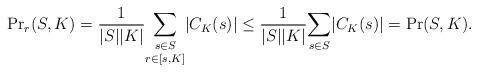
LaTeX: \begin{align*}{\Pr}_r(S, K) = \frac {1}{|S||K|}\underset{r \in [s, K]}{\underset{s\in S}{\sum}}|C_K(s)| \leq \frac {1}{|S||K|}\underset{s\in S}{\sum}|C_K(s)|= \Pr(S, K).\end{align*}